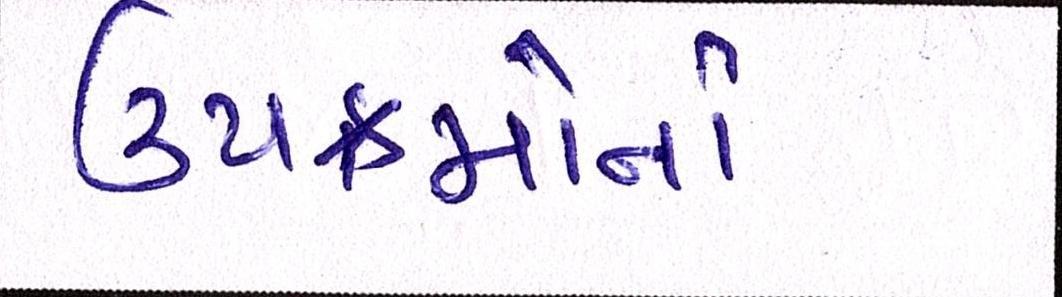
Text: ઉપક્રમોનો